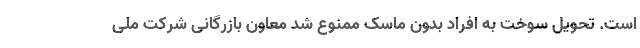
است. تحویل سوخت به افراد بدون ماسک ممنوع شد معاون بازرگانی شرکت ملی